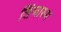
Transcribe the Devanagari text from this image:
लिंग्वारुम